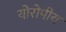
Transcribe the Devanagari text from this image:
योरोपीय